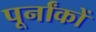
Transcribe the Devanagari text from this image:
पूर्नांकों